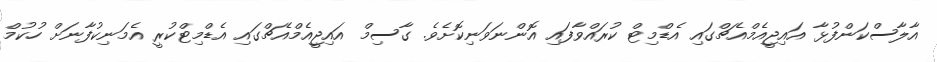
އާލާސްކަންފުޅާ އައިޖީއެމްއެޗްގައި އެޑްމިޓް ކުރައްވާފައި އޮންނަވަނިކޮށެވެ. ގާސިމް އައިޖީއެމްއެޗްގައި އެޑްމިޓްކުރީ އެމަނިކުފާނަށް ހުކުމް